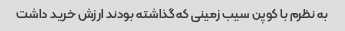
به نظرم با کوپن سیب زمینی که گذاشته بودند ارزش خرید داشت